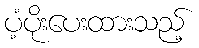
ပံ့ပိုးပေးထားသည့်